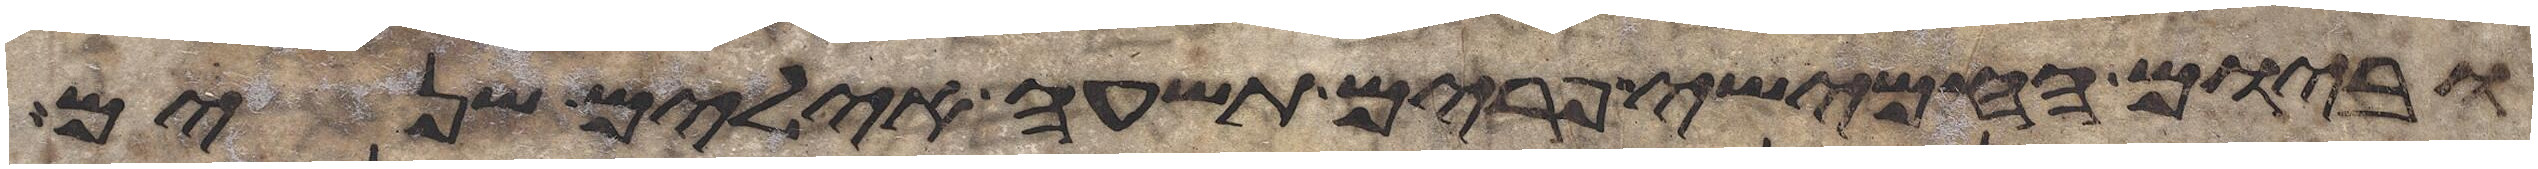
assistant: וביום החמישי פרים תשעה אילים שנים